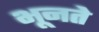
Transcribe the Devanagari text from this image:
भूनते